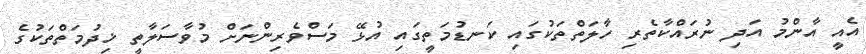
އެއީ އާންމު އަދި ނުރައްކާތެރި ހާލަތްތަކުގައި ކަނޑުމަތީގައި އުޅޭ މަސްވެރިންނަށް މުވާސަލާތީ ޚިދުމަތްތަކުގެ